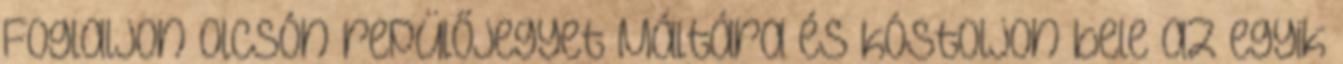
Foglaljon olcsón repülőjegyet Máltára és kóstoljon bele az egyik